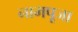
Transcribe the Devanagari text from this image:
नामपूजा